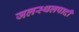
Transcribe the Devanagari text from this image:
जलस्थलपादी